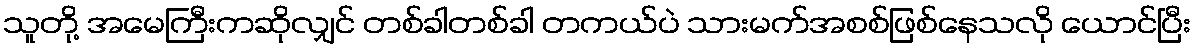
သူတို့ အမေကြီးကဆိုလျှင် တစ်ခါတစ်ခါ တကယ်ပဲ သားမက်အစစ်ဖြစ်နေသလို ယောင်ပြီး